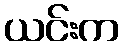
ယင်းက